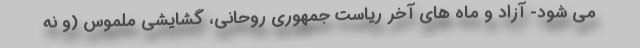
می شود- آزاد و ماه های آخر ریاست جمهوری روحانی، گشایشی ملموس (و نه